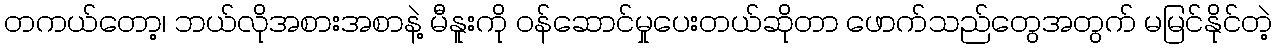
တကယ်တော့၊ ဘယ်လိုအစားအစာနဲ့ မီနူးကို ဝန်ဆောင်မှုပေးတယ်ဆိုတာ ဖောက်သည်တွေအတွက် မမြင်နိုင်တဲ့